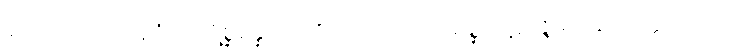
နဟာယတော ပူဇိတပရိစ္ဆိန္နေသု ပရိဂ္ဂဏှေယျာတိ မိစ္ဆာပဋိပဇ္ဇမာနော ပတ္တကာလော